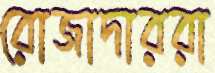
রোজাদাররা